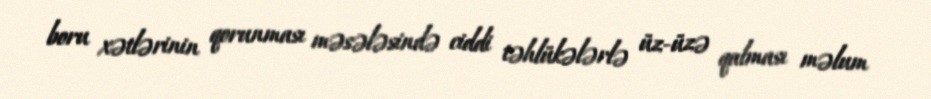
boru xətlərinin qorunması məsələsində ciddi təhlükələrlə üz-üzə qalması məlum